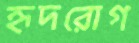
হৃদরোগ